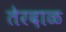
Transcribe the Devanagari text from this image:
तेरदाळ